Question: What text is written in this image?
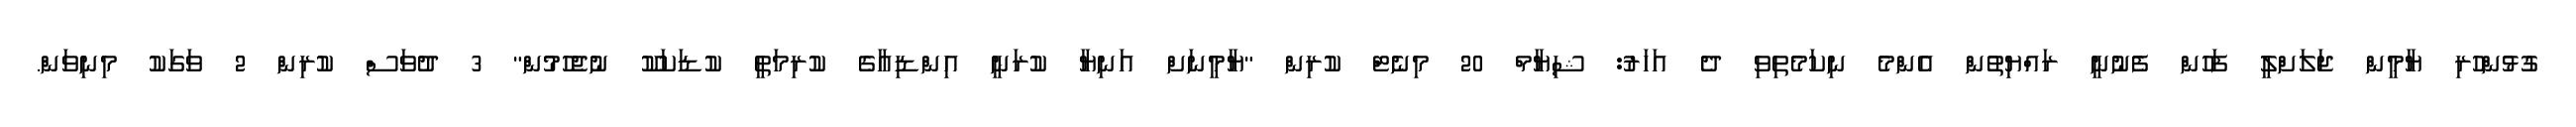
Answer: ގުޅުންހުރި ޔާމީން ޖަލަށްލީ ފަހުން ފެނުނީ ރައްޔިތުން އެންމެ ނިކަމެތިވި ދެ އަހަރު: ޝިޔާމް 20 މިނެޓް ކުރިން "ޔާމީނަށް އަނިޔާ ކުރަނީ އިންޑިއާގެ ކުރިމަތީ ކުޑަކަކޫ ނުޖެހުމުން" 3 ދުވަސް ކުރިން 2 ވަގަކު މިނިވަން.